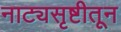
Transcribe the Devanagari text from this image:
नाट्यसृष्टीतून